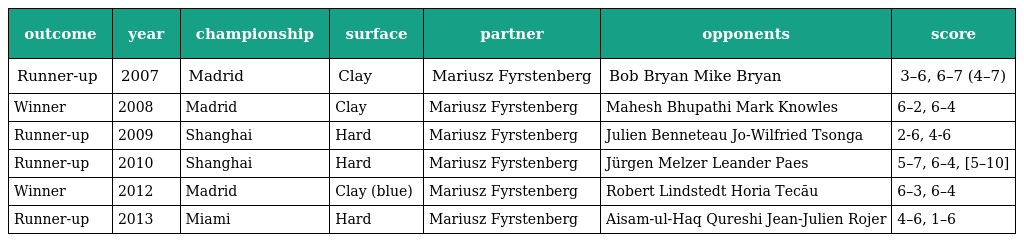
| outcome | year | championship | surface | partner | opponents | score |
 | --- | --- | --- | --- | --- | --- | --- |
 | Runner-up | 2007 | Madrid | Clay | Mariusz Fyrstenberg | Bob Bryan Mike Bryan | 3–6, 6–7 (4–7) |
 | Winner | 2008 | Madrid | Clay | Mariusz Fyrstenberg | Mahesh Bhupathi Mark Knowles | 6–2, 6–4 |
 | Runner-up | 2009 | Shanghai | Hard | Mariusz Fyrstenberg | Julien Benneteau Jo-Wilfried Tsonga | 2-6, 4-6 |
 | Runner-up | 2010 | Shanghai | Hard | Mariusz Fyrstenberg | Jürgen Melzer Leander Paes | 5–7, 6–4, [5–10] |
 | Winner | 2012 | Madrid | Clay (blue) | Mariusz Fyrstenberg | Robert Lindstedt Horia Tecău | 6–3, 6–4 |
 | Runner-up | 2013 | Miami | Hard | Mariusz Fyrstenberg | Aisam-ul-Haq Qureshi Jean-Julien Rojer | 4–6, 1–6 |